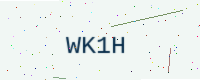
Text: WK1H